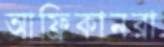
আফ্রিকানরা